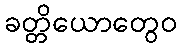
ခတ္တိယောတွေဝ